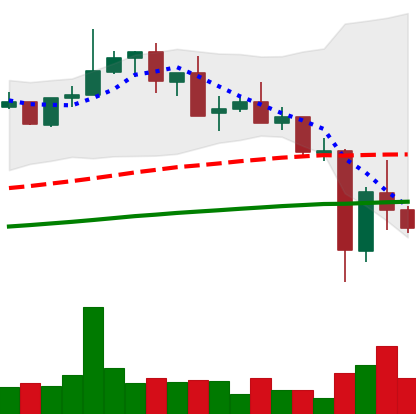
Ticker: XMR-USD
Chart end date: 2021-05-22
Forward return: 8.227%
Label: up_7plus